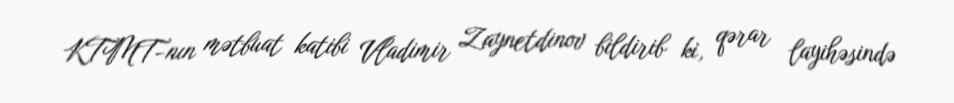
KTMT-nın mətbuat katibi Vladimir Zaynetdinov bildirib ki, qərar layihəsində